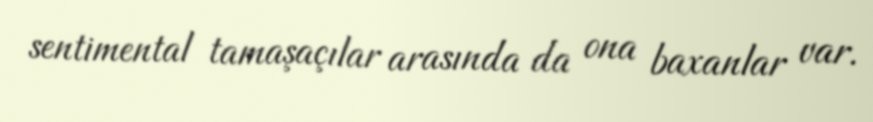
sentimental tamaşaçılar arasında da ona baxanlar var.